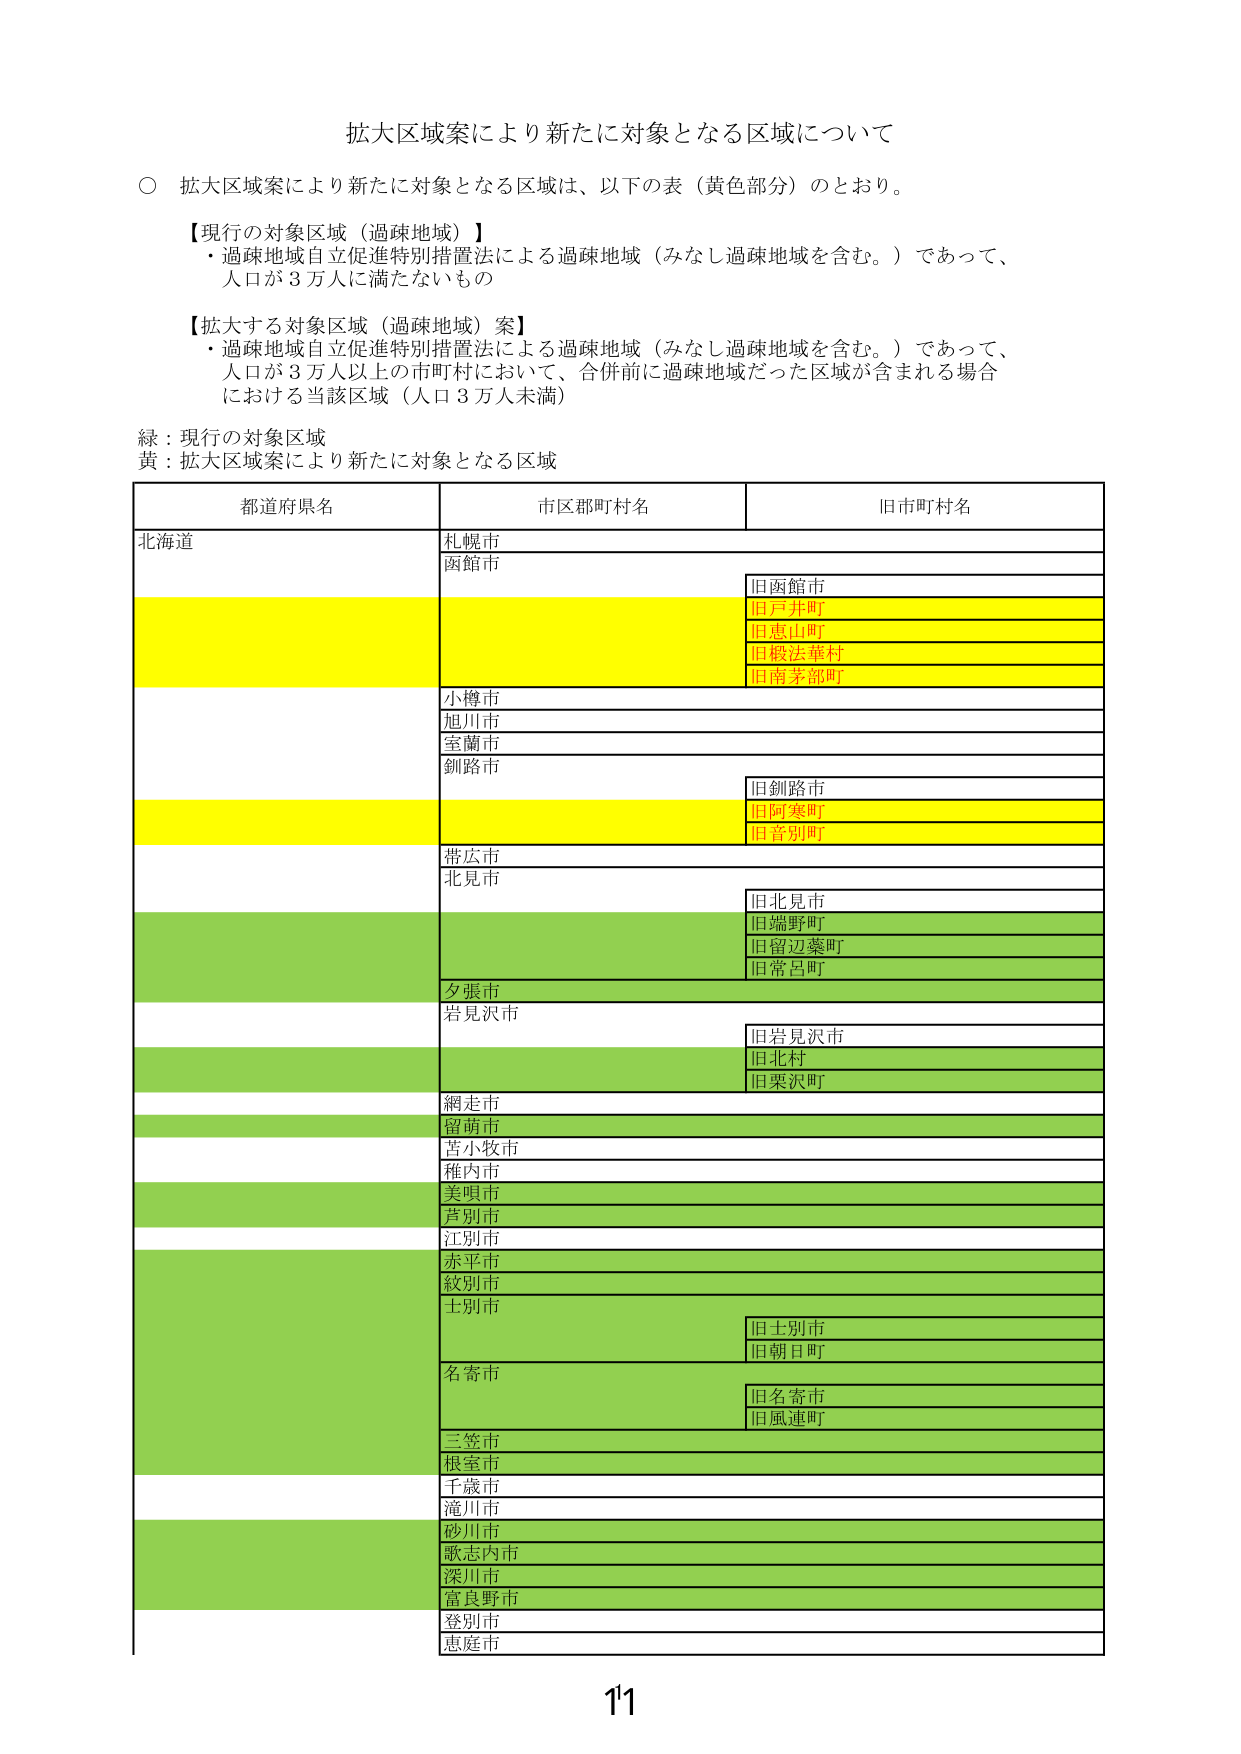
拡大区域案により新たに対象となる区域について

○ 拡大区域案により新たに対象となる区域は、以下の表（黄色部分）のとおり。

【現行の対象区域（過疎地域）】
・過疎地域自立促進特別措置法による過疎地域（みなし過疎地域を含む。）であって、
人口が3万人に満たないもの

【拡大する対象区域（過疎地域）案】
・過疎地域自立促進特別措置法による過疎地域（みなし過疎地域を含む。）であって、
人口が3万人以上の市町村において、合併前に過疎地域だった区域が含まれる場合
における当該区域（人口3万人未満）

緑：現行の対象区域
黄：拡大区域案により新たに対象となる区域

都道府県名　　市区郡町村名　　旧市町村名
北海道　　　　札幌市
　　　　　　　函館市　　　　　旧函館市
　　　　　　　　　　　　　　旧戸井町
　　　　　　　　　　　　　　旧恵山町
　　　　　　　　　　　　　　旧椴法華村
　　　　　　　　　　　　　　旧南茅部町
　　　　　　　小樽市
　　　　　　　旭川市
　　　　　　　室蘭市
　　　　　　　釧路市　　　　　旧釧路市
　　　　　　　　　　　　　　旧阿寒町
　　　　　　　　　　　　　　旧音別町
　　　　　　　帯広市
　　　　　　　北見市　　　　　旧北見市
　　　　　　　　　　　　　　旧端野町
　　　　　　　　　　　　　　旧留辺蘂町
　　　　　　　　　　　　　　旧常呂町
　　　　　　　夕張市
　　　　　　　岩見沢市　　　　旧岩見沢市
　　　　　　　　　　　　　　旧北村
　　　　　　　　　　　　　　旧栗沢町
　　　　　　　網走市
　　　　　　　留萌市
　　　　　　　苫小牧市
　　　　　　　稚内市
　　　　　　　美唄市
　　　　　　　芦別市
　　　　　　　江別市
　　　　　　　赤平市
　　　　　　　紋別市
　　　　　　　士別市　　　　　旧士別市
　　　　　　　　　　　　　　旧朝日町
　　　　　　　名寄市　　　　　旧名寄市
　　　　　　　　　　　　　　旧風連町
　　　　　　　三笠市
　　　　　　　根室市
　　　　　　　千歳市
　　　　　　　滝川市
　　　　　　　砂川市
　　　　　　　歌志内市
　　　　　　　深川市
　　　　　　　富良野市
　　　　　　　登別市
　　　　　　　恵庭市

11